Emmaste_vallavalitsus, lk 41
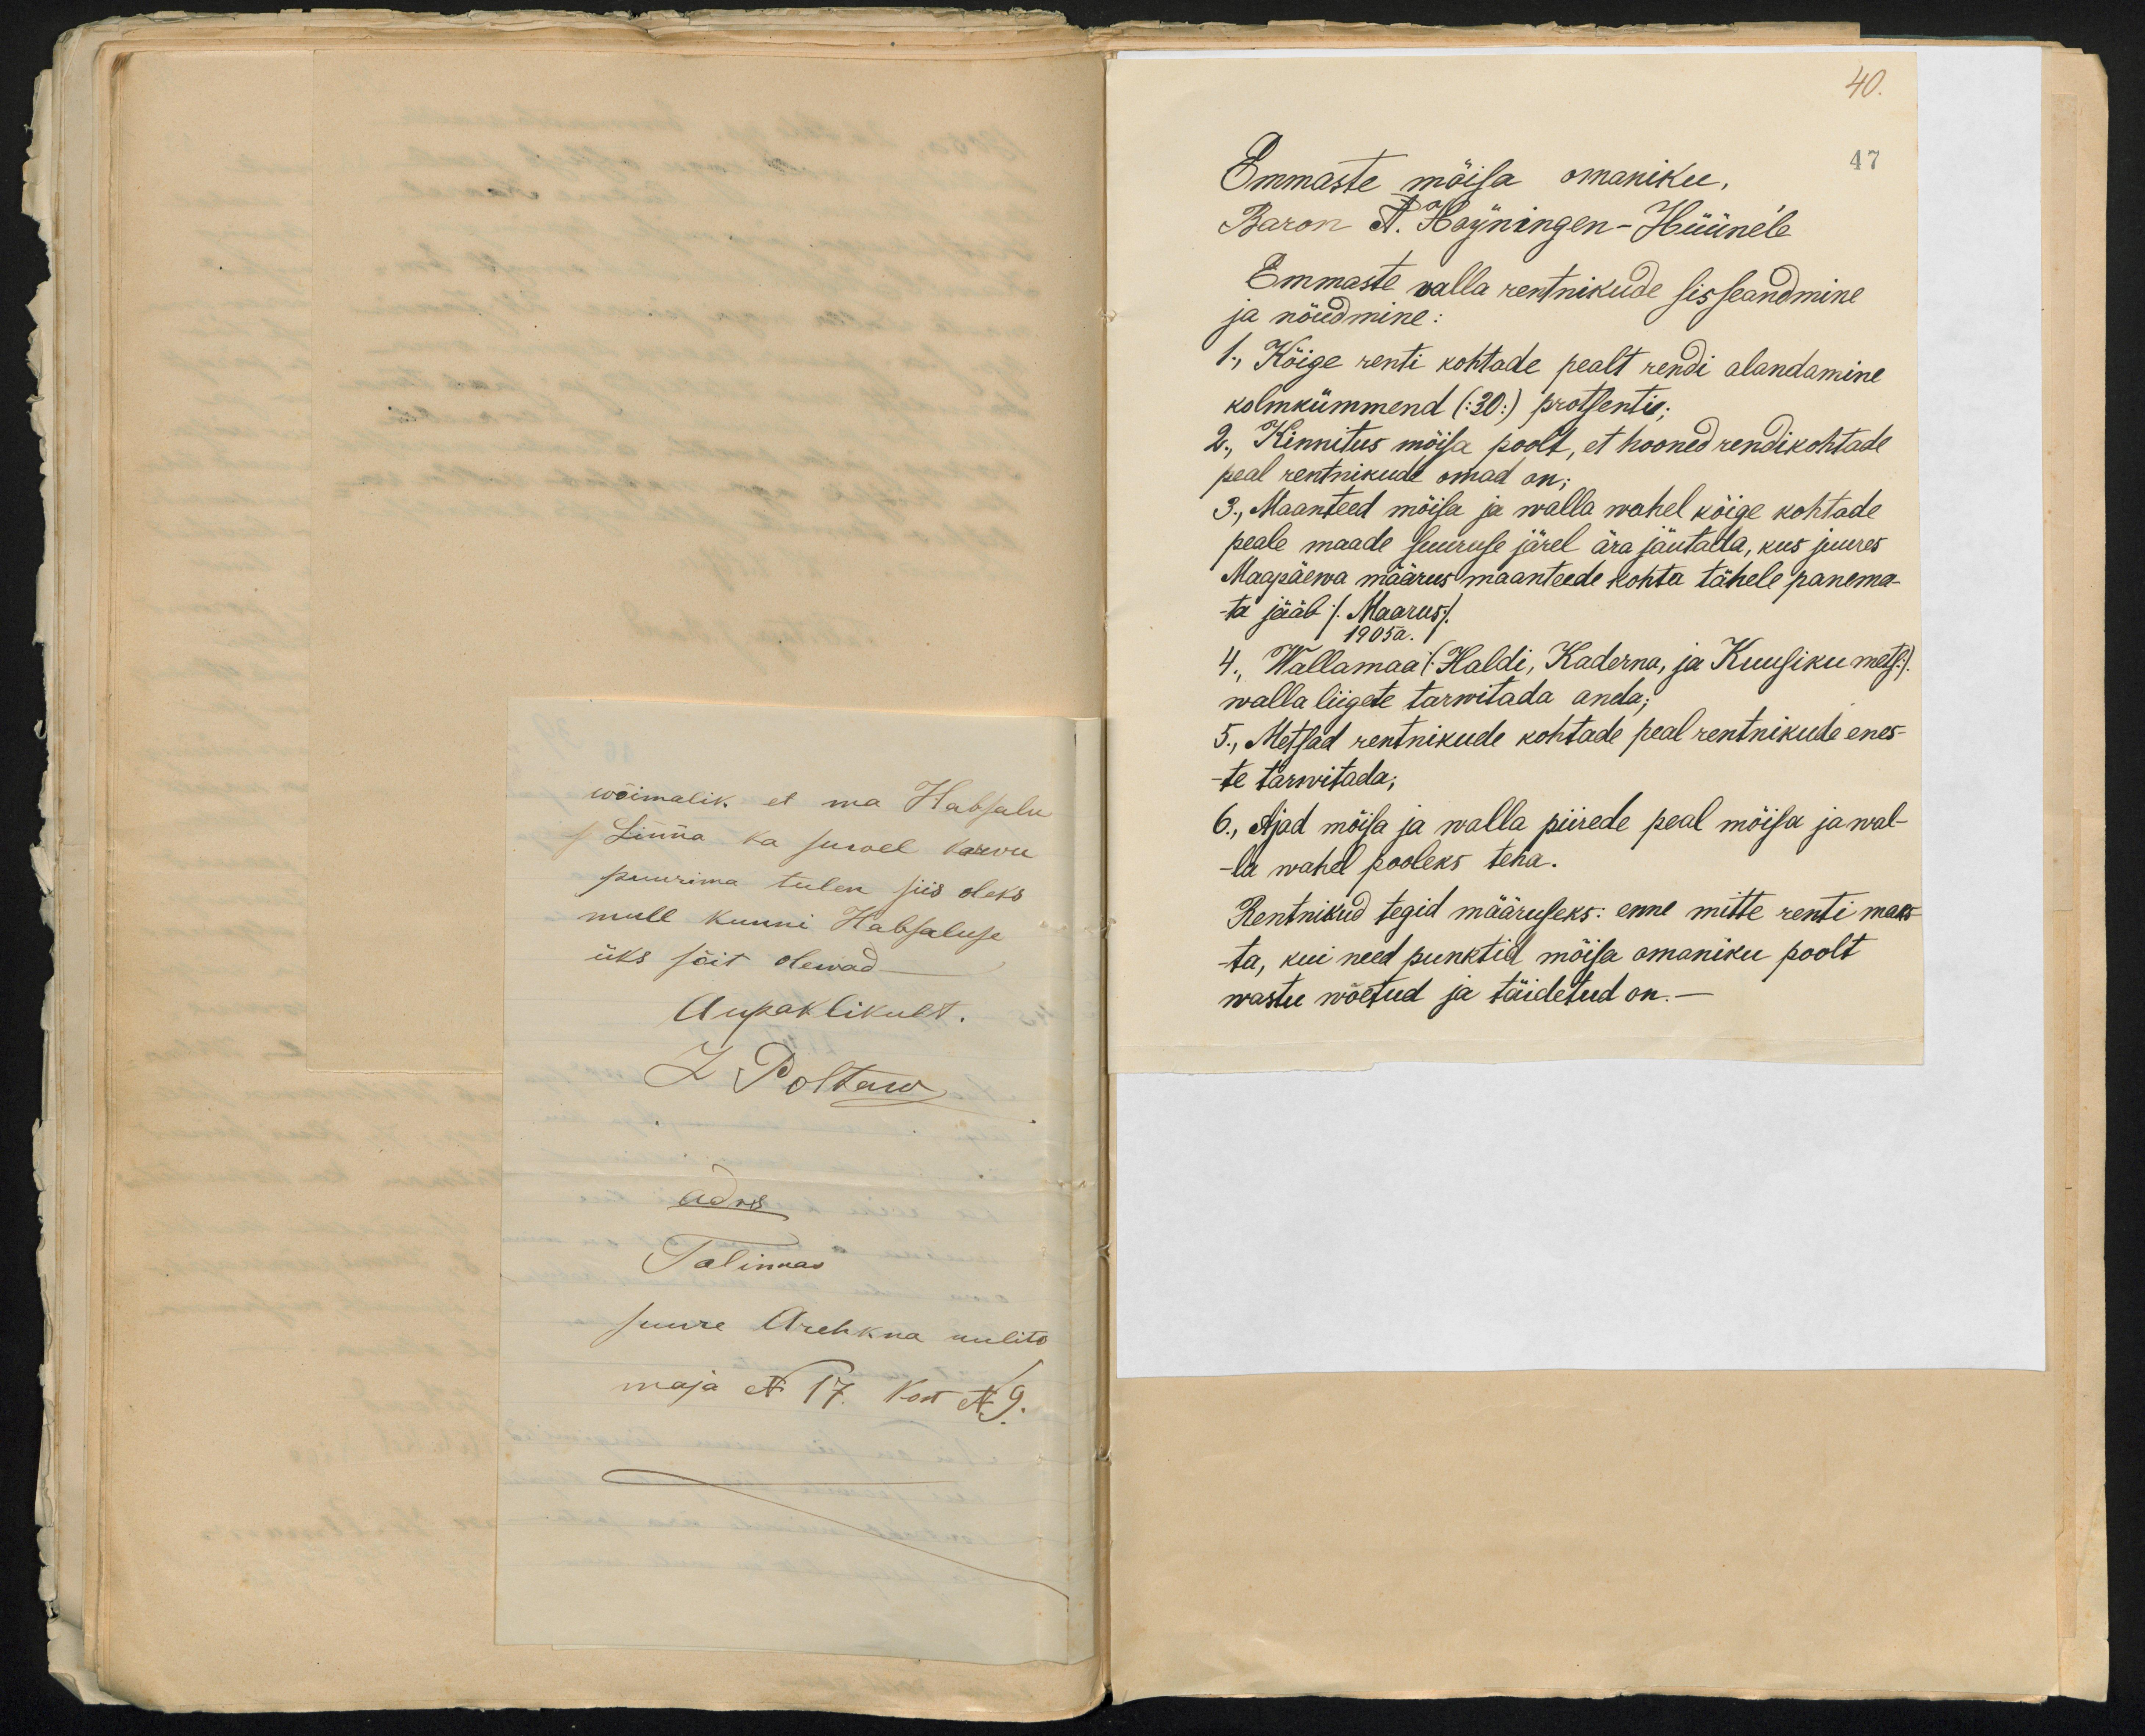
40.
Emmaste mõisa omaniku,
47
Baron A. Hoyningen-Hüüne'le
Emmaste valla rentnikude sisseandmine,
ja nõudmine:
1., Kõige renti kohtade pealt rendi alandamine
kolmkümmend (30) protsenti.
2., Kinnitus mõisa poolt, et hooned rendikohtade
peal rentnikude omad on;
3., Maanteed mõisa ja walla wahel kõige kohtade
peale maade suuruse järel ära jäutada, kus juures
Maapäewa määrus maanteede kohta tähele panema-
ta jääb /Maarus/.
1905 a.
4., Wallamaa (Haldi, Kaderna, ja Kuusiku mets)
walla liigete tarwitada anda;
5., Metsad rentnikude kohtade peal rentnikude enes-
te tarwitada;
6., Ajad mõisa ja walla piirede peal mõisa ja wal-
la wahel pooleks teha.
Rentnikud tegid määruseks: enne mitte renti maks-
ta, kui need punktid mõisa omaniku poolt
wastu wõetud ja täidetud on.-

wõimalik, et ma Habsalu
Linna ka suwel kaewu
puurima tulen siis oleks
mull kunni Habsaluse
üks sõit olewad
Aupaklikult.
L Poltaw
adres
Talinnas
Suure Arehkna uulits
maja N 17. Kort N 9.